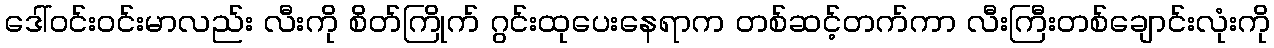
ဒေါ်ဝင်းဝင်းမာလည်း လီးကို စိတ်ကြိုက် ဂွင်းထုပေးနေရာက တစ်ဆင့်တက်ကာ လီးကြီးတစ်ချောင်းလုံးကို